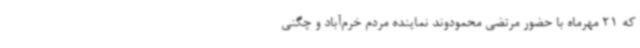
که 21 مهرماه با حضور مرتضی محمودوند نماینده مردم خرم‌آباد و چگنی